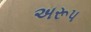
અરૂપ